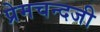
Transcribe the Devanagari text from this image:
प्रेमचन्दजी